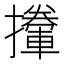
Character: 𢸏